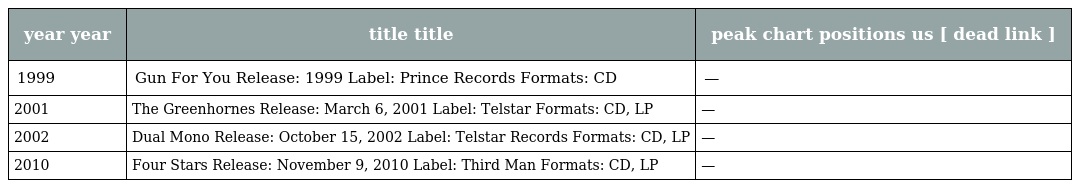
| year year | title title | peak chart positions us [ dead link ] |
 | --- | --- | --- |
 | 1999 | Gun For You Release: 1999 Label: Prince Records Formats: CD | — |
 | 2001 | The Greenhornes Release: March 6, 2001 Label: Telstar Formats: CD, LP | — |
 | 2002 | Dual Mono Release: October 15, 2002 Label: Telstar Records Formats: CD, LP | — |
 | 2010 | Four Stars Release: November 9, 2010 Label: Third Man Formats: CD, LP | — |